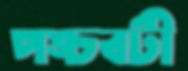
পঙ্চবটী